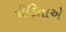
પીડિતાએ